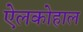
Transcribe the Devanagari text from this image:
ऐलकोहाल